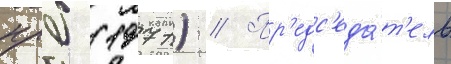
нрб (1971) // Пр'едс'еда́т'ель